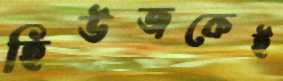
হিউজকেই